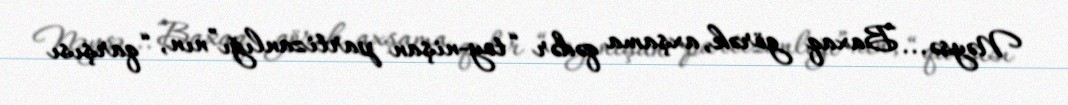
Nəysə... Baxaq görək, axşama qədər “toy-nişan partizanlığı”nın, “qarşısı